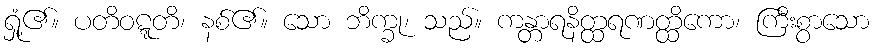
ရှုံ့၏။ ပတိဝဋ္ဋတိ၊ နစ်၏။ သော ဘိက္ခု၊ သည်။ ကန္တာရနိတ္ထရဏတ္ထိကော၊ ကြီးစွာသော